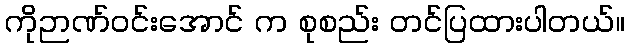
ကိုဉာဏ်ဝင်းအောင် က စုစည်း တင်ပြထားပါတယ်။